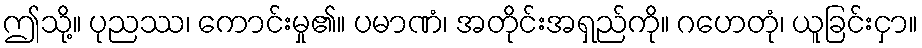
ဤသို့။ ပုညဿ၊ ကောင်းမှု၏။ ပမာဏံ၊ အတိုင်းအရှည်ကို။ ဂဟေတုံ၊ ယူခြင်းငှာ။